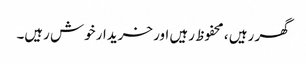
گھر رہیں ، محفوظ رہیں اور خریدار خوش رہیں۔